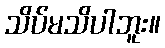
သိပ်မသိပါဘူး။